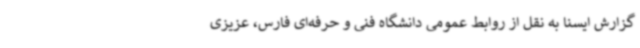
گزارش ایسنا به نقل از روابط عمومی دانشگاه فنی و حرفه‌ای فارس، عزیزی